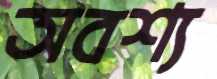
অবশ্য